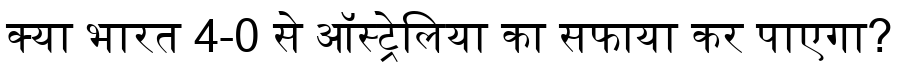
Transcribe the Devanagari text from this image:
क्या भारत 4-0 से ऑस्ट्रेलिया का सफाया कर पाएगा?